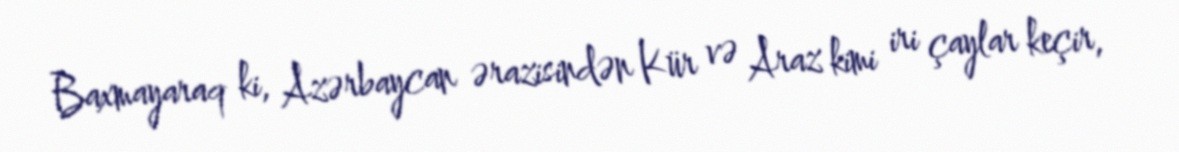
Baxmayaraq ki, Azərbaycan ərazisindən Kür və Araz kimi iri çaylar keçir,